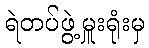
ရဲတပ်ဖွဲ့မှူးရုံးမှ